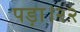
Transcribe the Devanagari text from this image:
पड़ा।२२